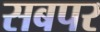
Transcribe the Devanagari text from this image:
सबपर